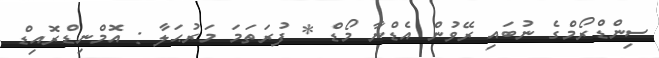
ސިންޑްރޯމްގެ ނުބައި ރޭވުން އެޑްނާ މޯޑް * ފުރަތަމަ މަރުޙަލާ : އޮމްނިޑްރޮއިޑް